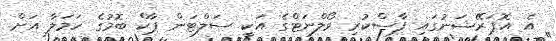
އެ އޮޕަރޭޝަނުގައި ފާސްކުރި ވޯލްނަޓްގެ އަކީ ސަލްޓަން ޕާކް ބޮމުގެ ހަމަލާ އަށް